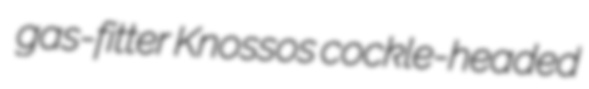
gas-fitter Knossos cockle-headed